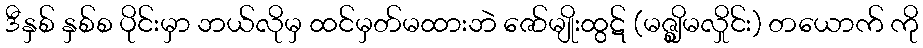
ဒီနှစ် နှစ်စ ပိုင်းမှာ ဘယ်လိုမှ ထင်မှတ်မထားဘဲ ဇော်မျိုးထွဋ် (မဇ္စ္ဈိမလှိုင်း) တယောက် ကို